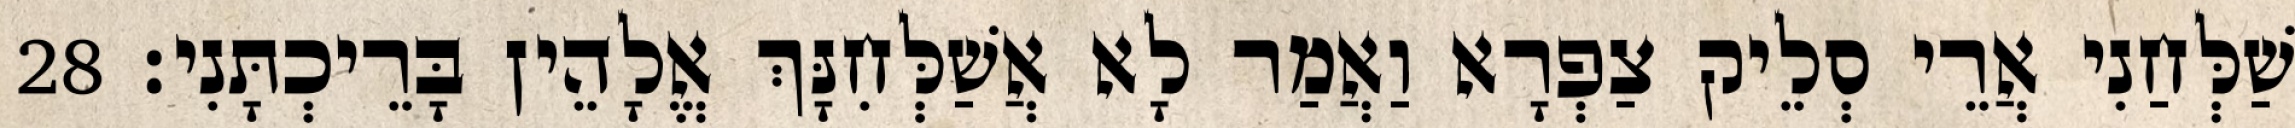
שַׁלְּחַנִי אֲרֵי סְלֵיק צַפְרָא וַאֲמַר לָא אֲשַׁלְּחִנָּךְ אֱלָהֵין בָּרֵיכְתָּנִי׃ 28